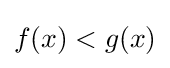
f(x)<g(x)